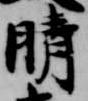
晴